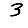
Digit: 3